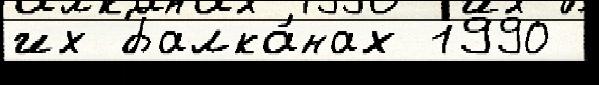
их Балка́нах 1990